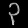
Digit: ၃